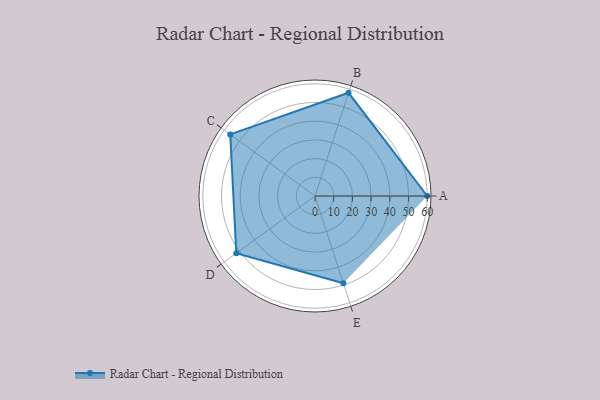
{"axis": {"x": "Skill", "y": "Score"}, "legend": ["Profile"], "data": [{"x": "A", "y": 60.0, "type": "Profile"}, {"x": "B", "y": 58.0, "type": "Profile"}, {"x": "C", "y": 56.0, "type": "Profile"}, {"x": "D", "y": 52.0, "type": "Profile"}, {"x": "E", "y": 49.0, "type": "Profile"}]}